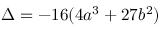
\Delta = - 1 6 ( 4 a ^ { 3 } + 2 7 b ^ { 2 } )